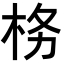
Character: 𭩨